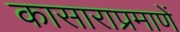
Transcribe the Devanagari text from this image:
कासाराप्रमाणें